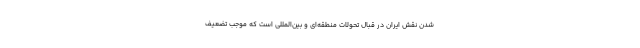
شدن نقش ایران در قبال تحولات منطقه‌ای و بین‌المللی است که موجب تضعیف